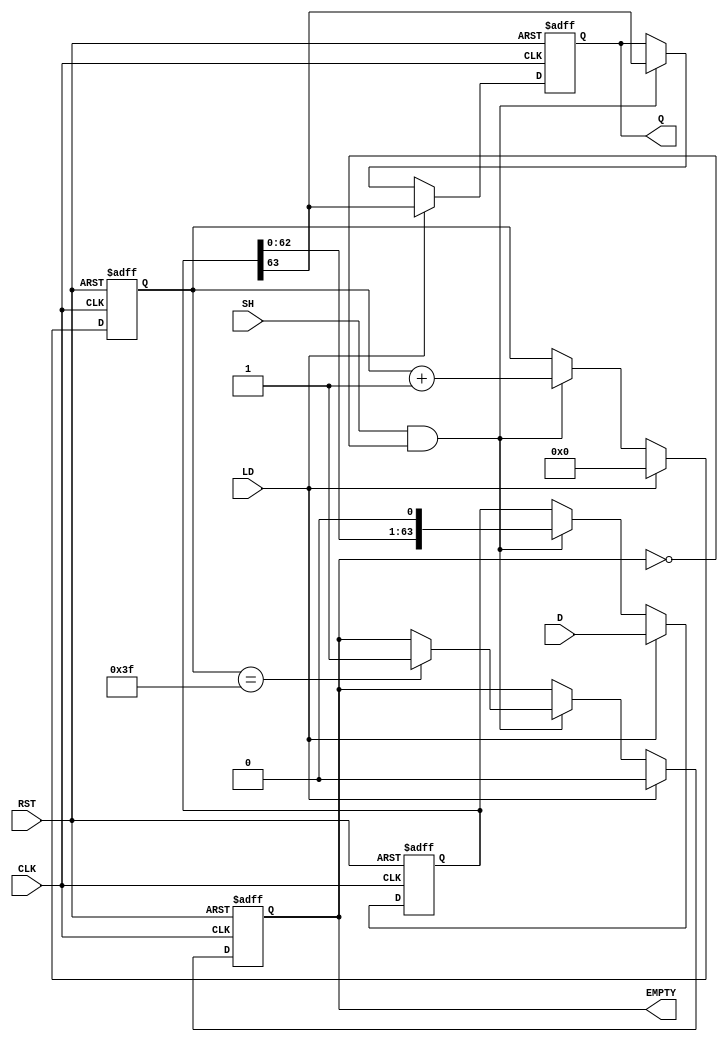
module PISO_Register (
    input wire [63:0] D,      // 64-bit input data bus
    input wire LD,            // Load signal
    input wire SH,            // Shift signal
    input wire CLK,           // Clock signal
    input wire RST,           // Asynchronous reset
    output reg Q,             // Serial output
    output reg EMPTY          // Empty signal
);

    reg [63:0] shift_reg;     // 64-bit shift register
    reg [6:0] count;          // Counter for bits shifted out

    // Asynchronous reset
    always @(posedge CLK or posedge RST) begin
        if (RST) begin
            shift_reg <= 64'b0; // Clear shift register
            count <= 7'b0;      // Reset counter
            Q <= 1'b0;          // Clear serial output
            EMPTY <= 1'b1;      // Initially empty
        end else if (LD) begin
            shift_reg <= D;     // Load data into shift register
            count <= 7'b0;      // Reset counter
            Q <= shift_reg[63]; // Output MSB
            EMPTY <= 1'b0;      // Not empty after loading
        end else if (SH && !EMPTY) begin
            Q <= shift_reg[63]; // Output MSB
            shift_reg <= {shift_reg[62:0], 1'b0}; // Shift left
            count <= count + 1; // Increment shift count
            if (count == 7'd63) begin
                EMPTY <= 1'b1;  // Set EMPTY when all bits shifted out
            end
        end
    end

endmodule